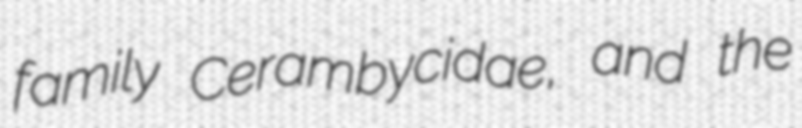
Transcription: family Cerambycidae, and the